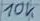
Text: 10K